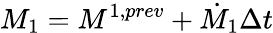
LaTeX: M_{1}=M^{1,prev}+\dot{M}_{1}\Delta t